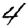
Digit: 4